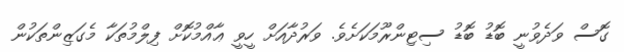
ގޮސް ވަދެވުނީ ބޮޑު ބޮޑު ސިޓިންރޫމަކަށެވެ. ވަރުދާއަށް ހީވީ ޢާއްމުކޮށް ފިލްމުތަކާ މެގަޒިންތަކުން